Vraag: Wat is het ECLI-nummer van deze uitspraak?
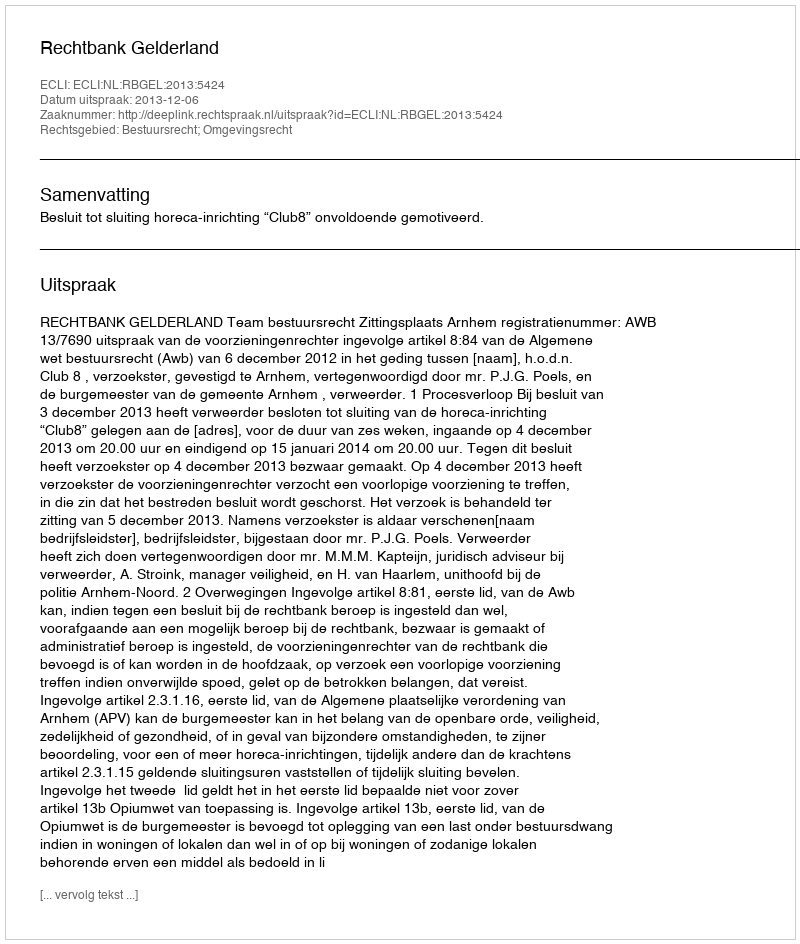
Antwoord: ECLI:NL:RBGEL:2013:5424